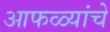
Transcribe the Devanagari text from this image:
आफळ्यांचे